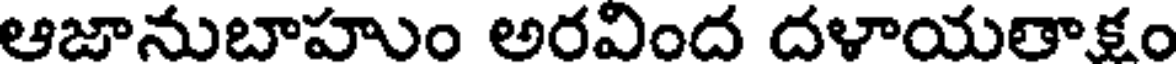
ఆజానుబాహుం అరవింద దళాయతాక్షం